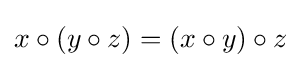
x\circ (y\circ z)=(x\circ y)\circ z